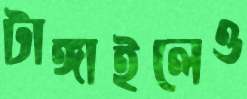
টাঙ্গাইলেও